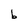
Character: b